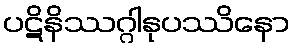
ပဋိနိဿဂ္ဂါနုပဿိနော